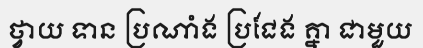
ថ្វាយ ទាន ប្រណាំង ប្រជែង គ្នា ជាមួយ